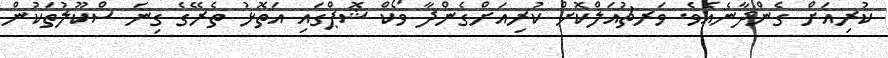
ކުރިއަށް ގެންދާނެއެވެ. ވަރޗުއަލްކޮށް ކުރިއަށްގެންދާ ވޯކް ޝޮޕްގައި އަތޮޅު ތެރޭގެ ގިނަ ސްކޫލުތަކުން